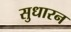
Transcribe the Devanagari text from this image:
सुधारन